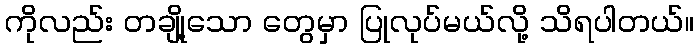
ကိုလည်း တချို့သော တွေမှာ ပြုလုပ်မယ်လို့ သိရပါတယ်။